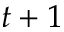
t + 1